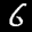
Label: 6